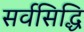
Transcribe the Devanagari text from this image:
सर्वसिद्धि